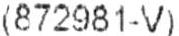
(872981-V)